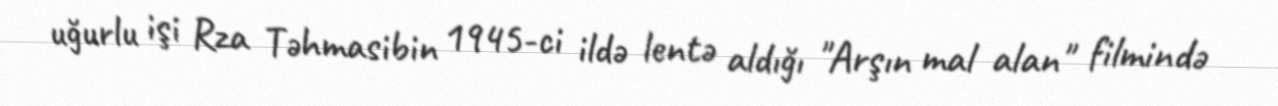
uğurlu işi Rza Təhmasibin 1945-ci ildə lentə aldığı "Arşın mal alan" filmində